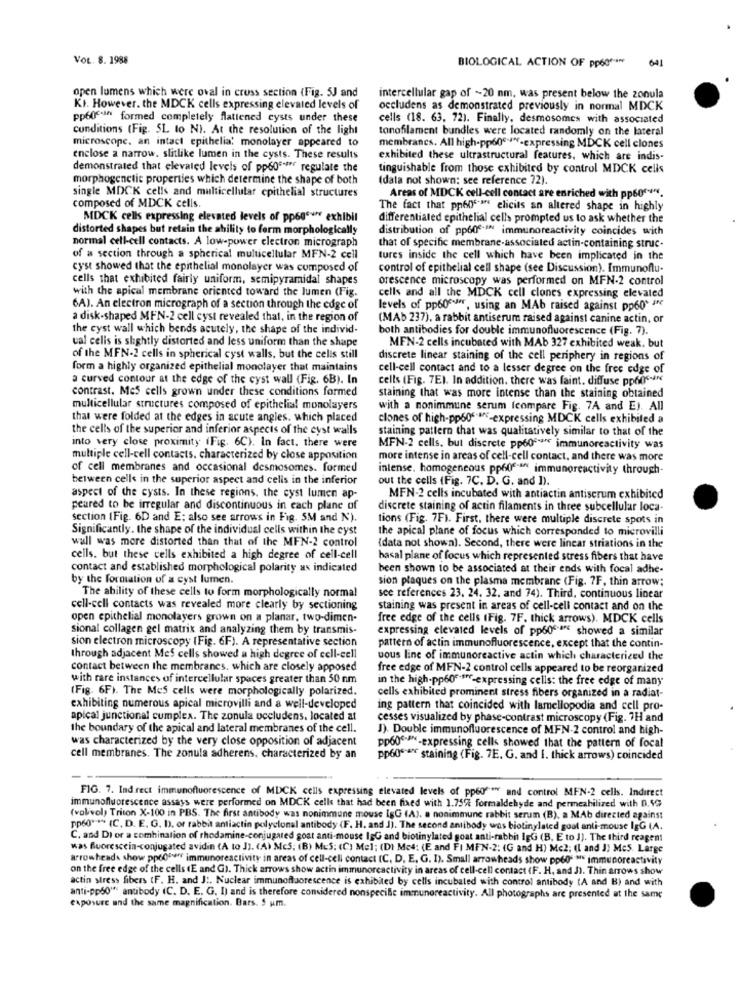
VOL. 8. 1988
BIOLOGICAL ACTION OF pp60 **** 601
open lumens which were oval in cross section (Fig. 5J and
intercellular gap of ~20 nm, was present below the zonula
KI. However. the MDCK cells expressing elevated levels of
occludens as demonstrated previously in normal MDCK
pp60"s" formed completely flattened cysts under these
cells (18. 63, 72). Finally, desmosomes with associated
conditions (Fig. SL to NI. At the resolution of the light
tonofilament bundles were located randomly on the lateral
microscope. an intact epithelia: monolayer appeared to
membranes. All high-pp60º .- expressing MDCK cell clones
enclose a narrow. slitlike lumen in the cysts. These results
exhibited these ultrastructural features, which are indis-
demonstrated that elevated levels of pp605 -** regulate the
tinguishable from those exhibited by control MDCK cells
morphogenetic properties which determine the shape of both
(data not shown: see reference 72).
single MDCK cells and multicellular epithelial structures
Areas of MDCK cell-cell contact are enriched with pp60 *****.
composed of MDCK cells.
The fact that pped""" elicits an altered shape in highly
MDCK cells expressing elevated levels of ppogen exhibil
differentiated epithelial cells prompted us to ask whether the
distorted shapes but retain the shilily to form morphologically
distribution of pp60.IN immunoreactivity coincides with
normal cell-cell contacts. A low-power electron micrograph
that of specific membrane-associated actin-containing struc-
of a section through a spherical multicellular MFN-2 cell
tures inside the cell which have been implicated in the
cyst showed that the epithelial monolayer was composed of
control of epithelial cell shape (see Discussion). Immunoflu-
cells that exhibited fairly uniform, semipyramidal shapes
orescence microscopy was performed on MFN-2 control
with the apical membrane oriented toward the lumen (Fig.
cells and all the MDCK cell clones expressing elevated
6AJ. An electron micrograph of a section through the edge of
levels of pp60eur, using an MAb raised against pp60* ***
a disk-shaped MFN-2 cell cyst revealed that, in the region of
(MAb 237), a rabbit antiserum raised against canine actin, or
the cyst wall which bends acutely, the shape of the individ
both antibodies for double immunofluorescence (Fig. 7).
val cells is slightly distorted and less uniform than the shape
MEN-2 cells incubated with MAb 327 exhibited weak. but
of the MFN-2 cells in spherical cyst walls, but the cells still
discrete linear staining of the cell periphery in regions of
form a highly organized epithelial monolayer that maintains
cell-cell contact and to a lesser degree on the free edge of
a curved contour at the edge of the cyst wall (Fig. 6B). In
cells (Fig. 7E). In addition, there was faint. diffuse ppone-
contrast. Mes cells grown under these conditions formed
staining that was more intense than the staining obtained
multicellular structures composed of epithelial monolayers
with a nonimmune serum (compare Fig. 7A and E). All
that were folded at the edges in acute angles. which placed
clones of high-pp605-expressing MDCK cells exhibited a
the cells of the superior and inferior aspects of the cyst walls
staining pattern that was qualitatively similar to that of the
into very close proximity (Fig. 6C). In fact. there were
MFN-2 cells, but discrete pp606- immunoreactivity was
multiple cell-cell contacts. characterized by close apposition
more intense in areas of cell-cell contact, and there was more
of cell membranes and occasional desmosomes. formed
intense. homogeneous pp60"" ** immunoreactivity through-
between cells in the superior aspect and cells in the inferior
out the cells (Fig. 7C. D. G. and ]).
aspect of the cysts. In these regions, the cyst lumen ap-
MFN-2 cells incubated with antiactin antiscrum exhibited
peared to be irregular and discontinuous in each plane of
discrete staining of actin filaments in three subcellular loca-
section (Fig. 6D and E; also see arrows in Fig. 5M and N).
tions (Fig. 7F). First, there were multiple discrete spots in
Significantly. the shape of the individual cells within the cyst
the apical plane of focus which corresponded to microvilli
wall was more distorted than that of the MFN-2 control
(data not shown). Second, there were linear striations in the
cells. but these cells exhibited a high degree of cell-cell
hasal plane of focus which represented stress fibers that have
contact and established morphological polarity as indicated
been shown to be associated at their ends with focal adhe-
by the formation of a cyst lumen.
sion plaques on the plasma membrane (Fig. 7F, thin arrow;
The ability of these cells to form morphologically normal
see references 23. 24. 32. and 74). Third, continuous linear
cell-cell contacts was revealed more clearly by sectioning
staining was present in areas of cell-cell contact and on the
open epithelial monolayers grown on a planar, two-dimen-
free edge of the cells (Fig. 7F. thick arrows). MDCK cells
sional collagen gel matrik and analyzing them by transmis-
expressing elevated levels of pp60 ª showed a similar
sion electron microscopy (Fig. 6F). A representative section
pattern of actin immunofluorescence, except that the contin-
through adjacent Mes cells showed a high degree of cell-cell
uous line of immunoreactive actin which characterized the
contact between the membranes. which are closely apposed
free edge of MFN-2 control cells appeared to be reorganized
with rare instances of intercellular spaces greater than 50 nm
in the high-pp60".sff-expressing cells: the free edge of many
(Fig. 6F). The Mes cells were morphologically polarized.
cells exhibited prominent stress fibers organized in a radiat-
exhibiting numerous apical microvilli and a well-developed
ing pattern that coincided with lamellopodia and cell pro-
apical junctional cumplex. The zonula occludens, located at
cesses visualized by phase-contrast microscopy (Fig. 7H and
the boundary of the apical and lateral membranes of the cell.
J). Double immunofluorescence of MFN-2 control and high-
was characterized by the very close opposition of adjacent
pp60G-A-expressing cells showed that the pattern of focal
cell membranes. The zonula adherens, characterized by an
pp60 **** staining (Fig. 7E. G. and I. thick arrows) coincided
FIG. 7. Indirect immunofluorescence of MDCK cells expressing elevated levels of pp60 *** and control MFN-2 cells. Indirect
immunofluorescence assays were performed on MDCK cells that had been fixed with 1.75% formaldehyde and permeabilized with 0.50
(volivol) Triton X-100 in PBS. The first antibody was nonimmune mouse IsG (A). a nonimmune rabbit serum (B), a MAb directed against
np60* ** (C, D. E. G. D. or rabbit antiactin polyclonal antibody (F. H. and J). The second antibody was biotinylated goat anti-mouse lgG (A.
C. and Di or a combination of rhodamine-conjugated goat anti-mouse IsG and biotinylated goat anti-rabbit IgG (B, E to J). The third reagent
was fluorescein-conjugated avidin (A to J). (A) McS; (B) MES: (C) Mel; (DI Me4: (E and FI MFN-2: (G and H) Me2; (L and J) Me5. Large
arrowheads show ppo00 immunoreactivity in areas of cell-cell contact (C, D, E. G. I). Small arrowheads show pp60* ** immunoreactivity
on the free edge of the cells (E and G). Thick arrows show actin immunoreactivity in areas of cell-cell contact (F. H, and J). Thin arrows show
actin stress fibers (F. H. and J :, Nuclear immunofluorescence is exhibited by cells incubated with control antibody (A and B) and with
anti-pp50" antibody (C. D. E. G. I) and is therefore considered nonspecific immunoreactivity. All photographs are presented at the same
exposure and the same magnification. Bars. 5 um.